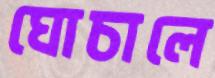
ঘোচালে